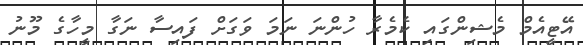
އޭޓީއެމް މެޝިންގައި ކެމެރާ ހުންނަ ނަމަ ވަގަށް ފައިސާ ނަގާ މީހާގެ މޫނު